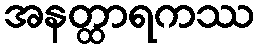
အနတ္ထာရကဿ